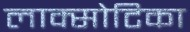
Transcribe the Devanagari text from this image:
लाक्सोटिका